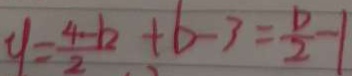
y = \frac { 4 - b } { 2 } + b - 3 = \frac { b } { 2 } - 1